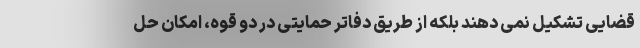
قضایی تشکیل نمی دهند بلکه از طریق دفاتر حمایتی در دو قوه، امکان حل